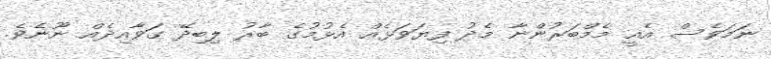
ނަމަވެސް އެއީ މެމްބަރުންނާ މެދު ފިޔަވަޅެއް އެޅުމުގެ ބާރު ލިބިދޭ ގަވާއިދެއް ނޫނެވެ.